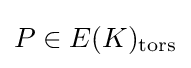
P\in E(K)_{\text{tors}}